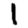
Digit: 1